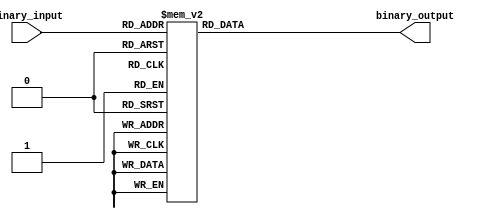
module decimal_priority_encoder (
    input [3:0] binary_input,
    output reg [2:0] binary_output
);

always @(*) begin
    case (binary_input)
        4'b0000: binary_output = 3'b000; // Decimal digit 0
        4'b0001: binary_output = 3'b001; // Decimal digit 1
        4'b0010: binary_output = 3'b010; // Decimal digit 2
        4'b0011: binary_output = 3'b011; // Decimal digit 3
        4'b0100: binary_output = 3'b100; // Decimal digit 4
        4'b0101: binary_output = 3'b101; // Decimal digit 5
        4'b0110: binary_output = 3'b110; // Decimal digit 6
        4'b0111: binary_output = 3'b111; // Decimal digit 7
        4'b1000: binary_output = 3'b111; // Decimal digit 8
        4'b1001: binary_output = 3'b111; // Decimal digit 9
        default: binary_output = 3'b000; // Default output for invalid input
    endcase
end

endmodule